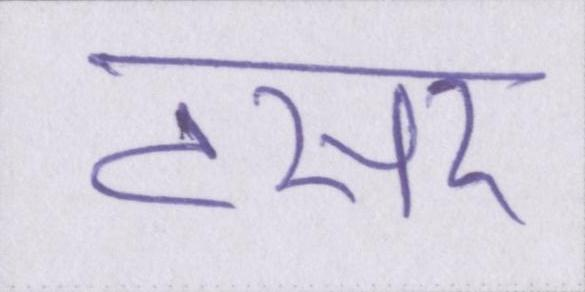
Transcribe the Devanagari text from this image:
टसर